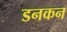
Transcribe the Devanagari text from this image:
डनकन